Vital statistics of India. Vol. VI, European troops 1870-79
Year: 1870
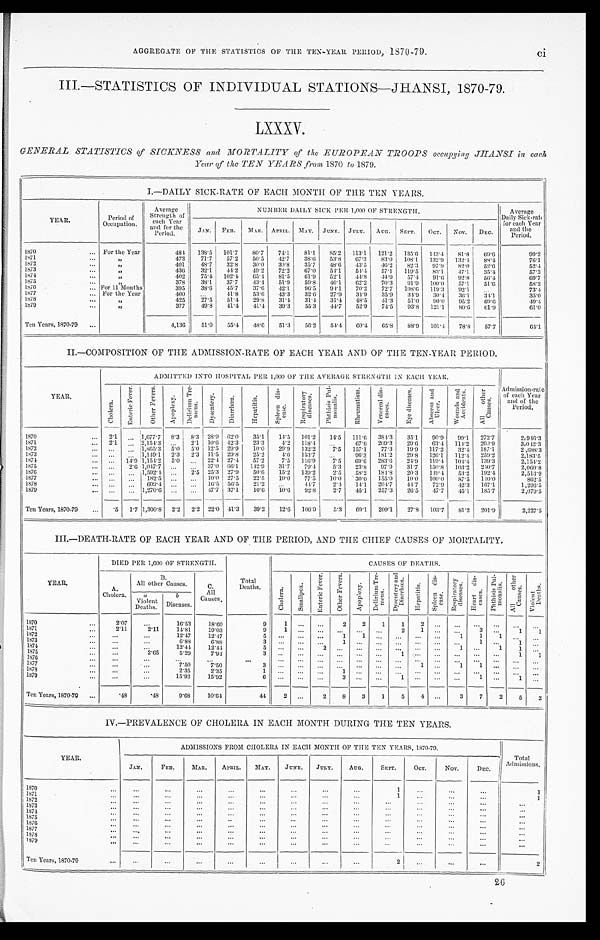
AGGREGATE OF THE STATISTICS OF THE TEN-YEAR PERIOD, 1870-79
ci
III.—STATISTICS OF INDIVIDUAL STATIONS—JHANSI, 1870-79.
LXXXV.
GENERAL STATISTICS of SICKNESS and MORTALITY of the EUROPEAN TROOPS occupying JHANSI in
each Year of the TEN YEARS from 1870 to 1879.
I.—DAILY SICK-RATE OF EACH MONTH OF THE TEN YEARS.
YEAR.
Period of
Occupation.
Average
Strength of
each Year
and for the
Period.
NUMBER DAILY SICK PER 1,000 OF STRENGTH.
Average D a i l y S i c k - r a t e
for each Year
and the
Period.
JAN. FEB. MAR. APRIL. MAY. JUNE. JULY. AUG. SEPT. OCT. NOV. DEC.
1870
For the Year
484 138.5 101.7 80.7
74.1
81.1 85.2 113.1 121.2 135.6
1 4 3 . 4 81.8
69.6
99.2
1 8 7 1
„
473 1 71.7
57.2
50.5
42.7
38.6 53.8 67.3
83.0 108.1 132.9 132.4 88.4
76.1
1872
„
401
48.7
32.8
30.0
30.8 35.7
48.6
4 3 . 5 46.2
8 2 . 3
9 7 . 9
8 2 . 0
5 2 . 6
5 2 . 4
1873
„
436 32.1
4 4 . 2
4 9 . 2
7 2 . 2
6 7 . 0
5 4 . 1
5 4 . 4
5 7 . 1
1 1 9 . 5
8 3 . 1
4 7 . 1
3 5 . 4
5 7 . 3
1874
„
402
75.4 102.4
65.4
81.5
6 1 . 9
5 2 . 1
4 4 . 8
4 4 . 9
5 7 . 4
9 1 . 6
9 2 . 8
5 6 . 4
6 9 . 7
1875
„
378
38.1
3 7 . 7
4 3 . 4
5 1 . 9
5 9 . 8
4 6 . 1
6 2 . 2
7 0 . 3
9 1 . 9
1 0 0 . 0
5 7 . 1
5 1 . 6
5 8 . 2
1876
F o r 1 1 M o n t h s
395
38.6
4 5 . 7
3 7 . 6
4 2 . 1
9 6 . 5
9 4 . 1
7 0 . 2
7 2 . 7
1 0 8 . 6
1 1 9 . 3 92.1
7 3 . 4
1877
For the Year
400
41.8
53.6
43.3
3 2 . 6 27.9
3 4 . 9
35. 9
3 4 . 9 30.4
3 6 . 1
3 4 . 1
3 5 . 6
1878
„
425
27.5
51.4
29.8
31.4 31.4 31.4 48.5
4 1 . 3
5 1 . 0 90.0 95.2 69.6
4 9 . 4
1879
„
377
49.8 41.4 41.4 39.3
55.3
44.7 52.9 74.5 93.8 121.1
80.6 61 9
61.0
Ten Years, 1870-79
4,136
51.0
55.4 48.6
51.3
56.2 54.4 60.4 65.8 88.9 101.4 78.8
57.7
64.1
II.—COMPOSITION OF THE ADMISSION-RATE OF EACH YEAR AND OF THE TEN-YEAR PERIOD.
YEAR.
ADMITTED INTO HOSPITAL PER 1,000 OF THE AVERAGE IN EACH YEAR
Admission-rate
of each Year
and of the
Period.
C h o l e r a .
E n t e r i c F e v e r .
O t h e r F e v e r s .
A p o p l e x y . D e l i r i u m T r e -
me ns .
D y s e n t e r y .
D i a r r h œ a .
H e p a t i t i s .
S p l e e n d i s -
e a s e .
R e s p i r a t o r y
d i s e a s e s .
P h t h i s i s P u l -
m o n a l i s .
R h e u m a t i s m .
V e n e r e a l d i s -
e a s e s .
E y e d i s e a s e s .
A b s c e s s a n d U l c e r .
W o u n d s a n d A c c i d e n t s .
A l l o t h e r C a u s e s .
1870
2.1
1,677.7 8.3 8.3 28.9 62.0 35.1 14.5 101.2 14.5 111.6
384. 3 35.1 90.9 99.1 272.7
2,946.3
1871
2.1
2,154.3
2.1 10.6 42.3
23.3
4 . 2 118.4
67.6 209.3
29.6 63.4 114.2
2 0 0 . 9
3,042.3
1872
1,865.3 5.0 5.0 12.5 29.9
10.0 29.9 132.2
7.5 157.1
77.3
19.9 117.2
32.4
1 8 7 . 1
2 , 6 8 8 . 3
1873
1,149.1 2.3 2.3 11.5 29.8 25.2
4.6 153.7
96.3
181.2 29.8 126.1 112.4
2 5 9 . 2
2,183.5
1874
14.9 1,154.2 5.0
22.4 27.4
57.2
7.5 116.9
7.5 69.6 283.6
24.9 119.4 104.4 139.3
2,154.2
1875
2.6 1,047. 7
37.0 66.1 142.9 31.7
79.4
5.3
23.8
9 7 . 9 31.7
1 5 0 . 8 103.2
2 4 0 . 7
2,060.8
1876
1,592.4
2.5 25.3 27.9
50.6 15.2 139.2
2.5
58.2 184.8
20.3 149.4 53.2
192.4
2,513.9
1877
182.5
10.0 27.5 22.5 10.0 77.5
10.0 30.0 155.0
10.0 100.0
87.5
1 4 0 . 0
862.5
1878
609.4
16.5 56.5
21.2
4 4 . 7 2.4
1 4 . 1 204.7
4 4 . 7 72.9 42.3
167.1
1 , 2 9 6 . 5
1879
1,270.6
47.7 37.1
10.6 10.6 92.8
2.7 45.1 257.3
26.5 47.7
45.1 185.7
2,079.5
Ten Years, 1870-79
.5 1.7 1,300.8 2.2
2 . 2 22.0 41.3
39.2
12.6 106.9
5.3 69.1 209.1
27.8 103.7
81.2 201.9
2,227.5
III.—DEATH-RATE OF EACH YEAR AND OF THE PERIOD, AND THE CHIEF CAUSES OF MORTALITY.
Y E A R .
DIED PER 1,000 OF STRENGTH.
Total
Deaths.
CAUSES OF DEATHS.
A.
Cholera.
B.
All other Causes.
C.
All
Causes.
C h o l e r a .
S m a l l p o x .
E n t e r i c F e v e r .
O t h e r F e v e r s .
A p o p l e x y .
D e l i r i u m T r e -
m e n s .
D y s e n t e r y a n d
D i a r r h œa .
H e p a t i t i s .
S p l e e n d i s -
e a s e .
Respi r at or y
di seases.
H e a r t d i s -
e a s e s .
P t h i s i s P u l -
m o n a l i s .
A l l o t h e r C a u s e s .
Violent Deaths.
a
Violent
Deaths.
b
Diseases.
1870
2.07
16.53
18.60
9
1
2
2
1
1
2
1871
2.11
2.11
14.81
19.03
9
1
2
1
3
1 1
1872
12.47
12.47
5
1
1
1
1
1
1873
6.88
6.88
3
1
1
1
1874
12.44
12.44
5
2
1
1
1
1875
2.65
5.29
7.94
3
1
1
1
1876
1877
7.50
7.50
3
1
1
1
1878
2.35
2.35
1
1
1879
15.92
15.92
6
3
1
1
1
Ten Years, 1870-79
.48
.48
9.68
10.64
44
2
2
8
3
1
5
4
3
7
2
5
2
IV.—PREVALENCE OF CHOLERA IN EACH MONTH DURING THE TEN YEARS.
YEAR
ADMISSIONS FROM CHOLERA IN EACH MONTH OF THE TEN YEARS, 1870-79.
Total
Admissions.
JAN.
FEB.
MAR.
APRIL. MAY.
JUNE. JULY.
AUG.
SEPT.
OCT.
NOV.
DEC.
1870
1
1
1871
1
1
1872
1873
1874
1875
1876
1877
1878
1879
Ten Years, 1870-70
2
2
26